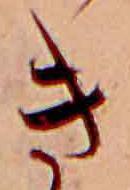
き